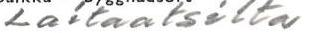
Laitaatsilta